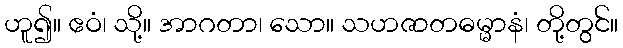
ဟူ၍။ ဧဝံ၊ သို့။ အာဂတာ၊ သော။ သဟဇာတဓမ္မာနံ၊ တို့တွင်။